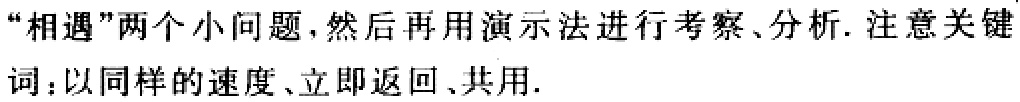
“相遇”两个小问题，然后再用演示法进行考察、分析. 注意关键词：以同样的速度、立即返回、共用.